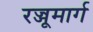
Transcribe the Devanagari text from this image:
रज्जूमार्ग